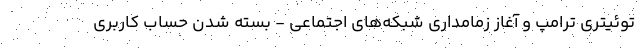
توئیتری ترامپ و آغاز زمامداری شبکه‌های اجتماعی - بسته شدن حساب کاربری